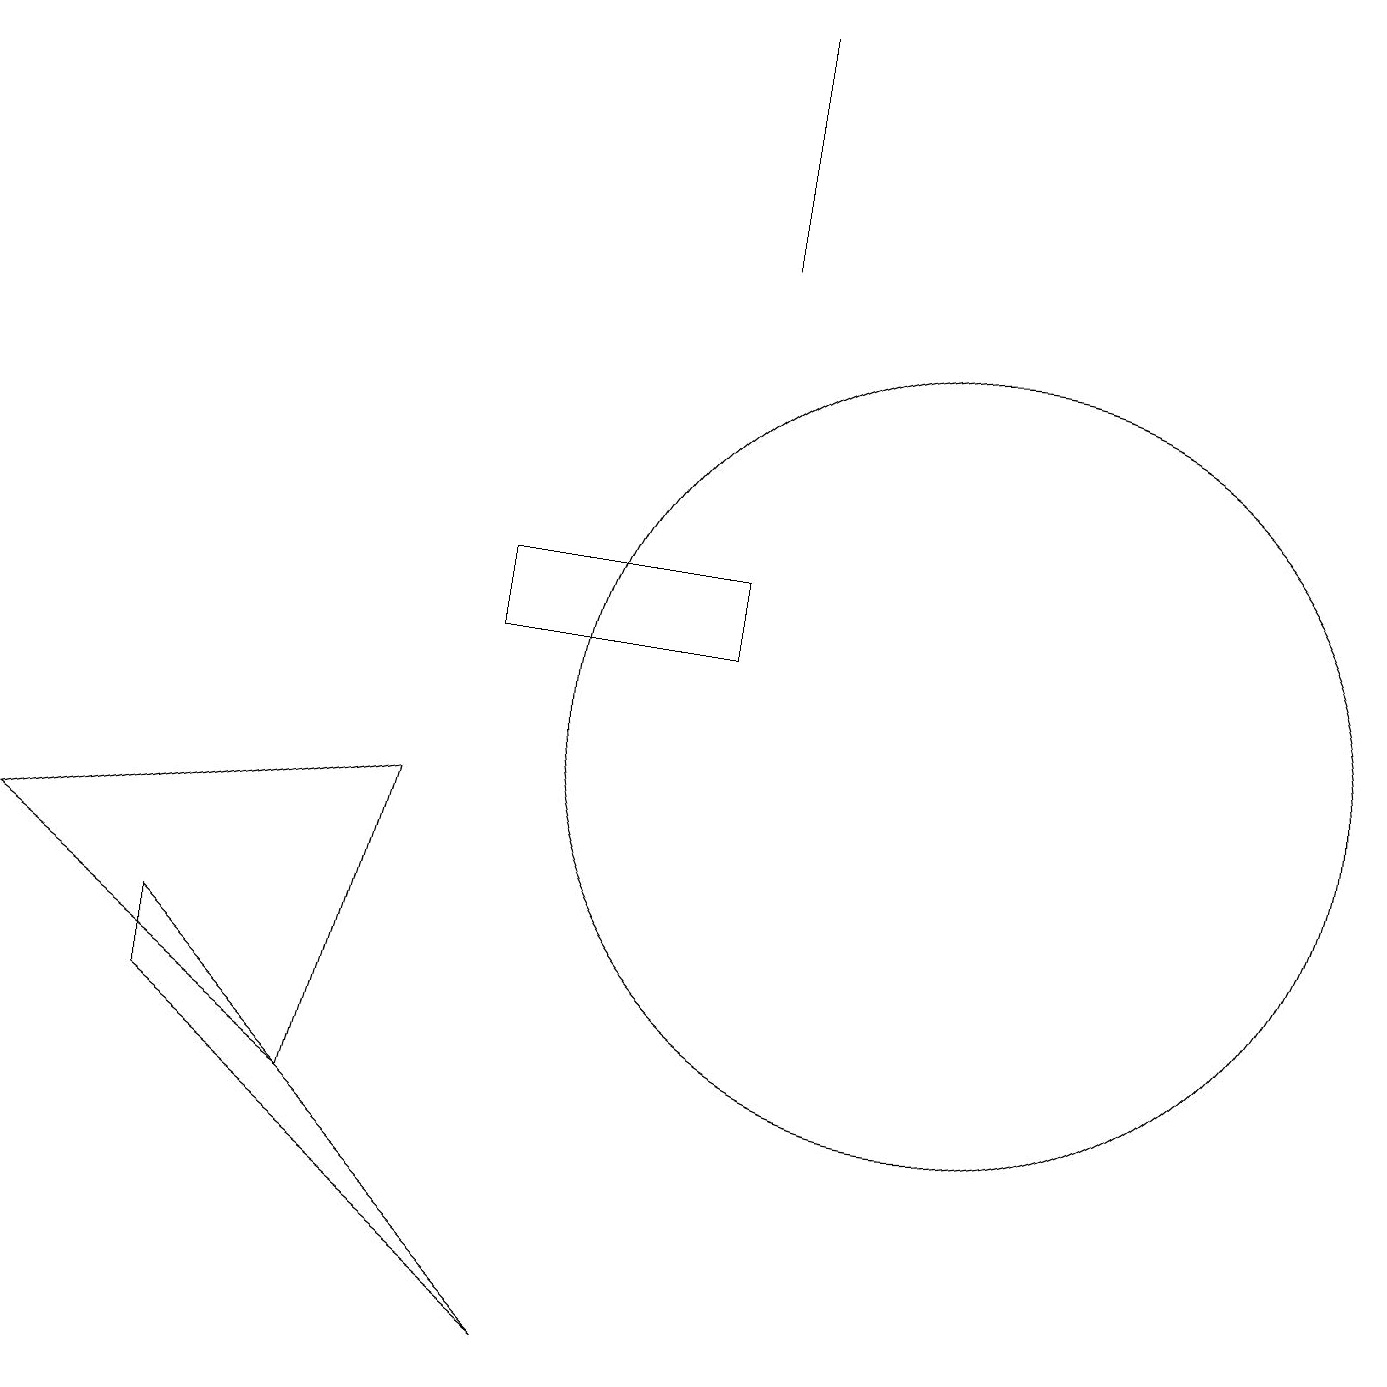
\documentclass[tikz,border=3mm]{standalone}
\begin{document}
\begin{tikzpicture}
\draw (12,10) circle (5);
\draw (2,6) -- (2,7) -- (7,2) -- cycle;
\draw (4,5) -- (0,8) -- (5,9) -- cycle;
\draw (9,16) rectangle (9,19);
\draw (6,11) rectangle (9,12);
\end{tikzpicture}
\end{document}